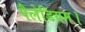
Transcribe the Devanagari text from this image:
पैलेडियम।